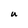
Character: U